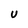
Character: U